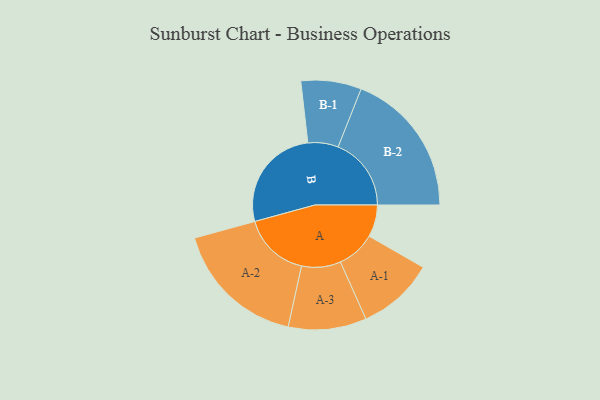
{"axis": {"x": "Segment", "y": "Value"}, "legend": ["", "A", "B"], "data": [{"x": "A", "y": 123, "type": ""}, {"x": "B", "y": 406, "type": ""}, {"x": "A-1", "y": 148, "type": "A"}, {"x": "A-2", "y": 256, "type": "A"}, {"x": "A-3", "y": 150, "type": "A"}, {"x": "B-1", "y": 116, "type": "B"}, {"x": "B-2", "y": 281, "type": "B"}]}